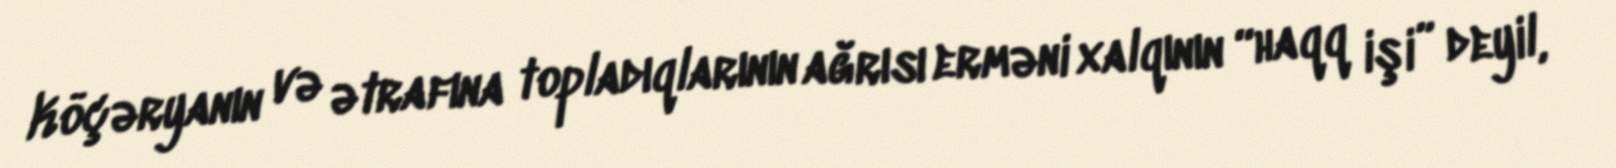
Köçəryanın və ətrafına topladıqlarının ağrısı erməni xalqının “haqq işi” deyil,